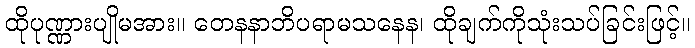
ထိုပုဏ္ဏားပျိုမအား။ တေနနာဘိပရာမသနေန၊ ထိုချက်ကိုသုံးသပ်ခြင်းဖြင့်။